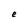
Character: e